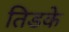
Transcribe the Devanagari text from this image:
तिडके